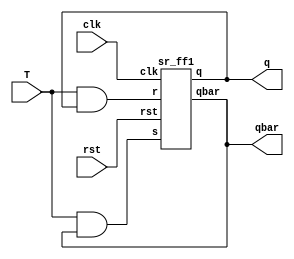
`timescale 1ns / 1ps
//////////////////////////////////////////////////////////////////////////////////
// Company: 
// Engineer: 
// 
// Design Name: 
// Module Name: T_sr_ff
// Project Name: 
// Target Devices: 
// Tool Versions: 
// Description: 
// 
// Dependencies: 
// 
// Revision:
// Revision 0.01 - File Created
// Additional Comments:
// 
//////////////////////////////////////////////////////////////////////////////////


module T_sr_ff(T,clk,rst,q,qbar);
input T,clk,rst;
output  q,qbar;
wire w1,w2;



and a1(w1,T,qbar);
and a2(w2,T,q);
sr_ff1 a3(w1,w2,clk,rst,q,qbar);
endmodule


module sr_ff1(s,r,clk,rst,q,qbar);
input s,r,clk,rst;
output reg q,qbar;
always@(posedge clk)
begin
if(rst)
    {q,qbar}={1'b1,1'b0};
else begin
case({s,r})
 
                2'b00:{q,qbar} <={q,qbar};
            2'b01:
                {q,qbar} <={1'b0,1'b1};
            2'b10:
                {q,qbar} <={1'b1,1'b0};
            2'b11:
               {q,qbar} <={1'bx,1'bx};
            default:
                {q,qbar} <= {q,qbar};
endcase
end
end


endmodule